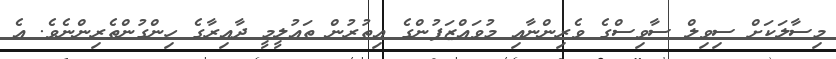
މިސާލަކަށް ސިވިލް ސާވިސްގެ ވެރިންނާއި މުވައްޒަފުންގެ އިތުރުން ތައުލީމީ ދާއިރާގެ ހިންގުންތެރިންނެވެ. އެ